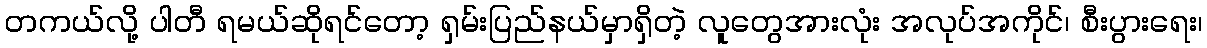
တကယ်လို့ ပါတီ ရမယ်ဆိုရင်တော့ ရှမ်းပြည်နယ်မှာရှိတဲ့ လူတွေအားလုံး အလုပ်အကိုင်၊ စီးပွားရေး၊